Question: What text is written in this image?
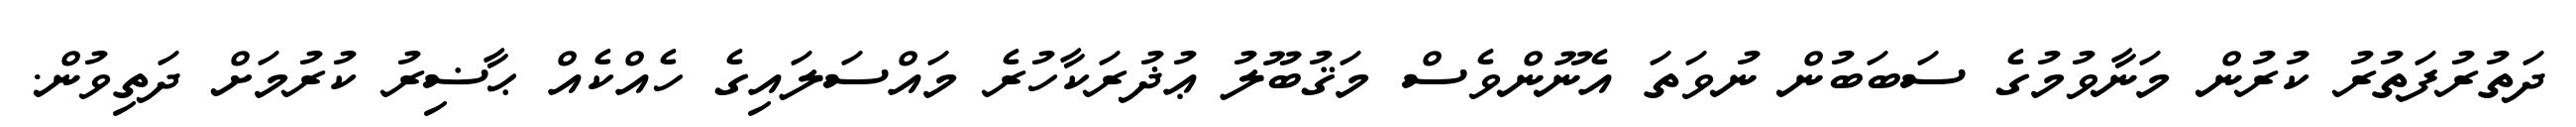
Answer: ދަތުރުފަތުރު ކުރުން މަނާވުމުގެ ސަބަބުން ނުވަތަ އެނޫންވެސް މަޤުބޫލު ޢުޛުރަކާހުރެ މައްސަލައިގެ ހެއްކެއް ޙާޟިރު ކުރުމަށް ދަތިވުން.